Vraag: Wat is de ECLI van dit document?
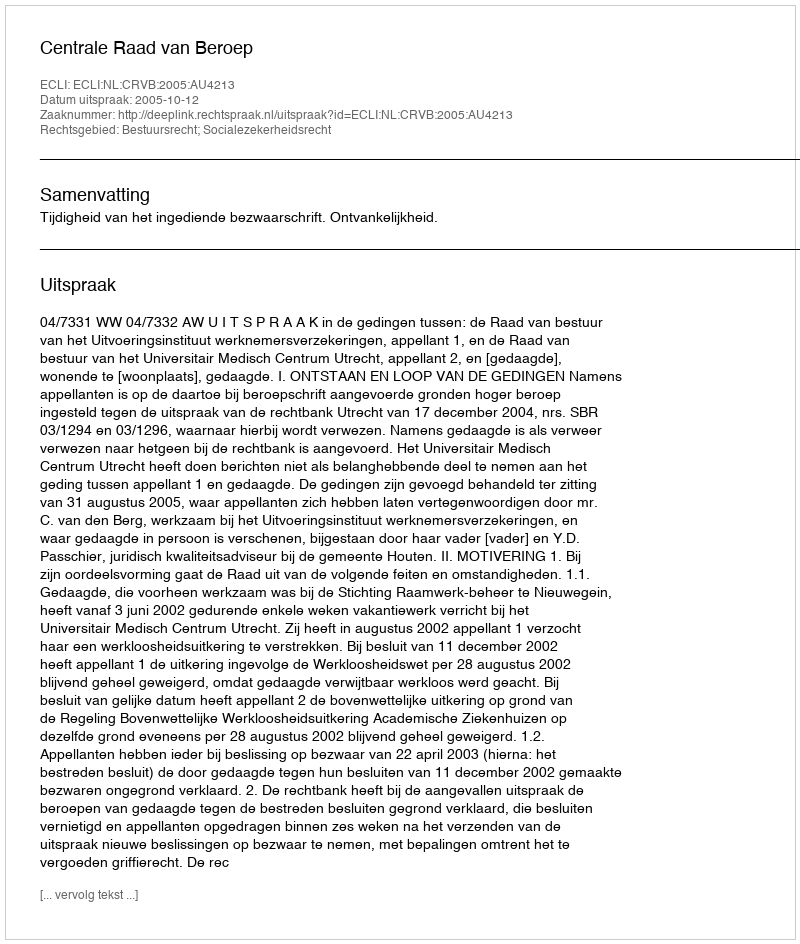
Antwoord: ECLI:NL:CRVB:2005:AU4213